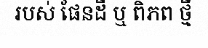
របស់ ផែនដី ឬ ពិភព ថ្មី